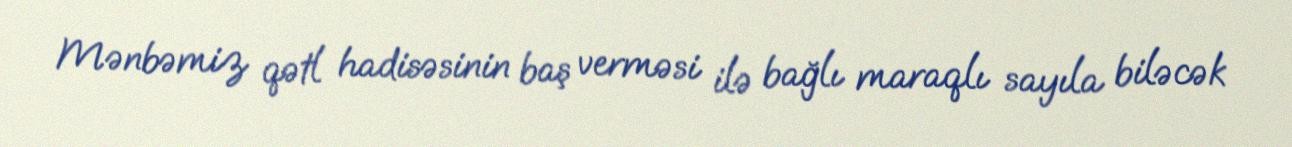
Mənbəmiz qətl hadisəsinin baş verməsi ilə bağlı maraqlı sayıla biləcək